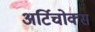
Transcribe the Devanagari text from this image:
अर्टिचोक्स